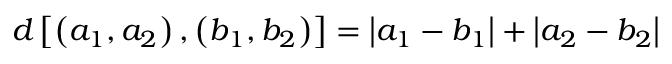
d \left[ \left( a _ { 1 } , a _ { 2 } \right) , \left( b _ { 1 } , b _ { 2 } \right) \right] = \left| a _ { 1 } - b _ { 1 } \right| + \left| a _ { 2 } - b _ { 2 } \right|